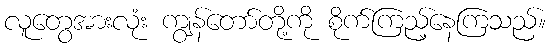
လူတွေအားလုံး ကျွန်တော်တို့ကို စိုက်ကြည့်နေကြသည်။